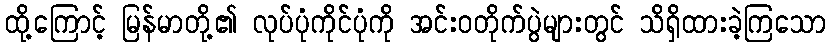
ထို့ကြောင့် မြန်မာတို့၏ လုပ်ပုံကိုင်ပုံကို အင်းဝတိုက်ပွဲများတွင် သိရှိထားခဲ့ကြသော